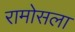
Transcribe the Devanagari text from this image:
रामोसला